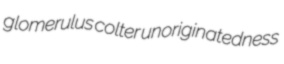
glomerulus colter unoriginatedness